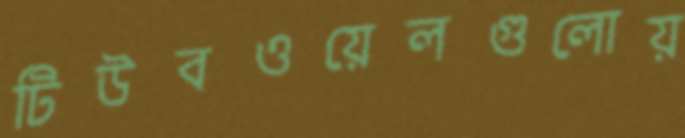
টিউবওয়েলগুলোয়